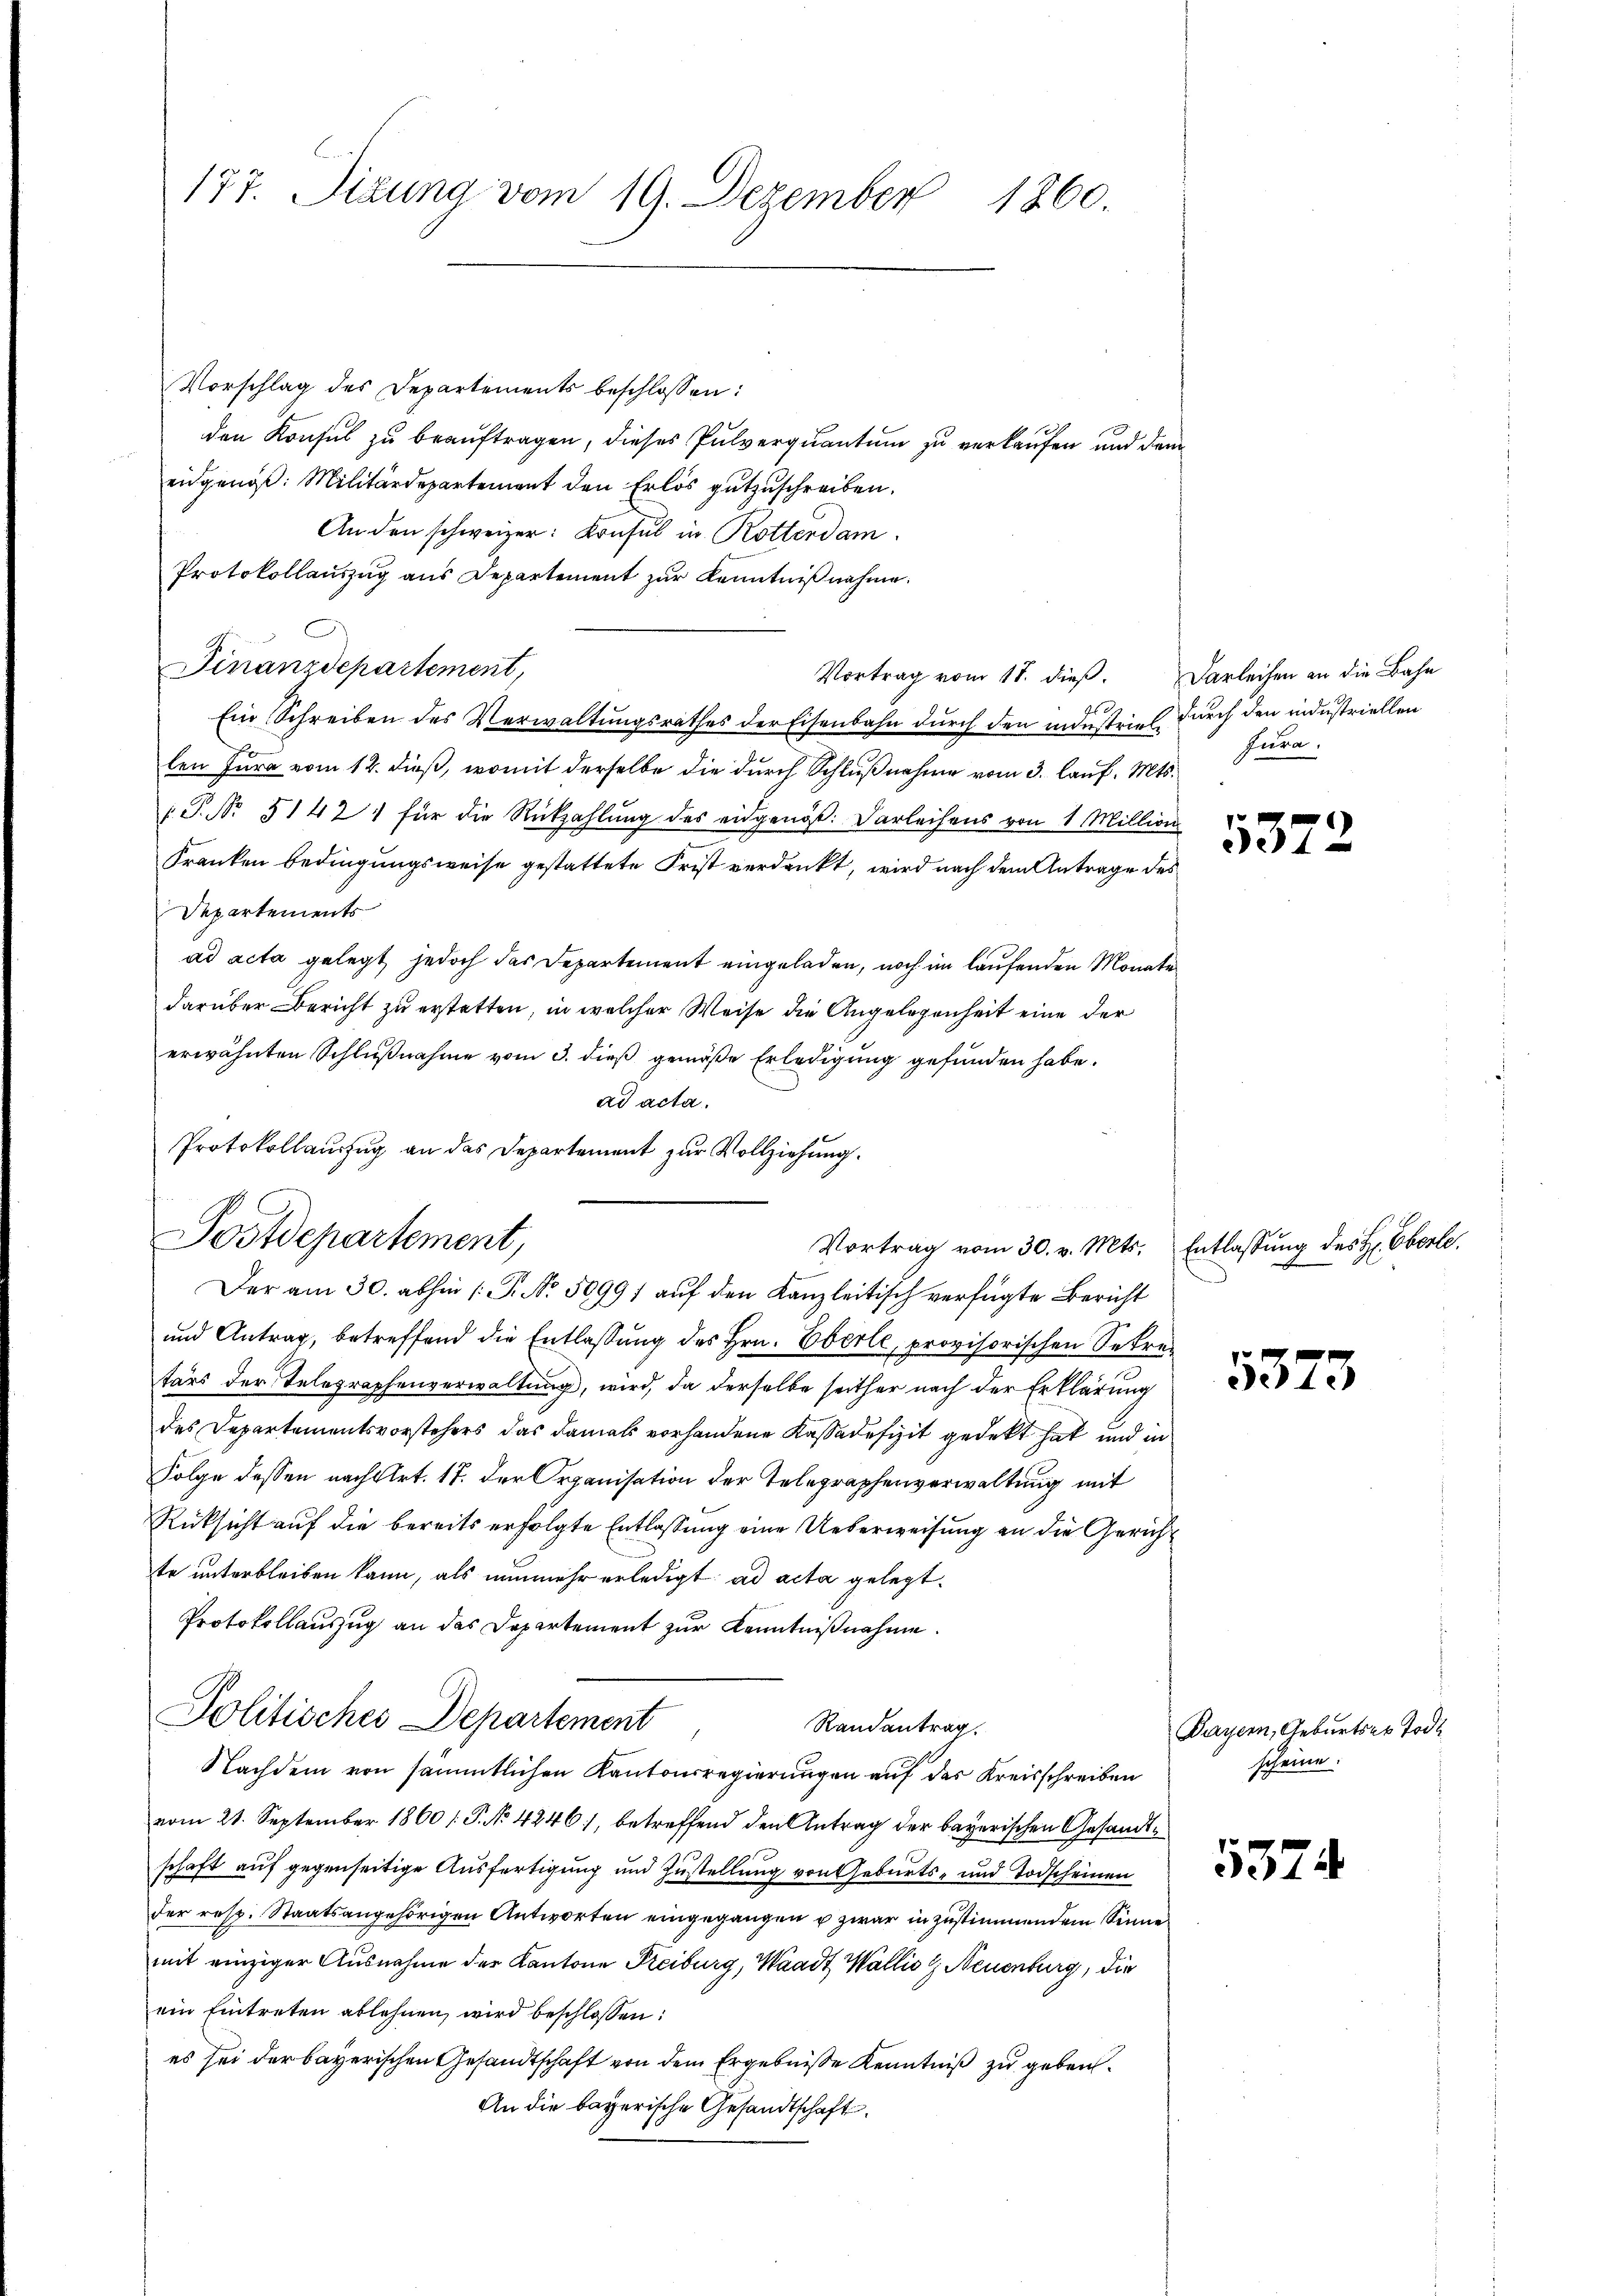
177. Sizung vom 19. Dezember
1260.

Vorschlag des Departements beschlossen:
den Konsul zu beauftragen, dieses Pulverquantum zu verkaufen und dem
eidgenöß: Militärdepartement den Erlös gutzuschreiben.
An den schweizer: Konsul in Rotterdam.
Protokollauszug aus Departement zur Kenntnißnahme.
Finanzdepartement,
Vortrag vom 18. dieß. Darleihen an die Bahn
Gs
Ein Schreiben des Verwaltungsrathes der Eisenbahn durch den minstriel durch den industriellen
len Jura vom 12. dieß, womit derselbe die durch Schlußnahme vom 3. Lauf. Mts.
.P. No. 51421 für die Rückzahlung des eidgenöss. Darleihens von 1 Million
Franken bedingungsweise gestattete Frist verdankt, wird nach dem Antrage des
Departements
ad acta gelegt, jedoch das Departement eingeladen, noch im laufenden Monate
darüber Bericht zu erstetten, in welcher Weise die Angelegenheit eine der
erwähnten Schlußnahme vom 3. dieß gemäße Erledigung gefunden habe.
ad acta.
Protokollauszug an das Departement zur Vollziehung.
Der am 30. abhin /: P. No. 5099) auf den Kanzleitisch verfügte Bericht
und Antrag, betreffend die Entlassung des Hrn. Eberle, provisorischen Sekretärs der Telegraphenverwaltung, wird, da derselbe seither nach der Erklärung
des Departementsvorstehers das damals vorhandene Kassadefizit gedekt hat und in
Folge dessen nach Art. 17. der Organisation der Telegraphenverwaltung mit
Rücksicht auf die bereits erfolgte Entlassung eine Ueberweisung an die Gericht
te unterbleiben kann, als nunmehr erledigt ad acta gelegt.
Protokollauszug an das Departement zur Kenntnißnahme.
Politisches Departement
Randantrag.
Nachdem von sämmtlichen Kantonsregierungen auf das Kreisschreiben
vom 21. September 1860 [P. No 4246), betreffend den Antrag der bayerischen Gesandtschaft auf gegenseitige Ausfertigung und Zustellung von Geburts- und Todscheinen
der resp. Staatsangehörigen Antworten eingegangen u zwar in zustimmendem Sinne
mit einziger Ausnahme der Kantone Freiburg, Waadt Wallis & Neuenburg, die
ein Eintreten ablehnen, wird beschlossen:
es sei der bayerischen Gesandtschaft von dem Ergebniße Kenntniß zu geben.
An die bayerische Gesandtschaft.

Postdepartement,
Vortrag vom 30. v. Mts. Entlassung des H. Eberle.

Jura.

5372

xx
3373

5574

Dayern, Geburts er Tode
scheine: